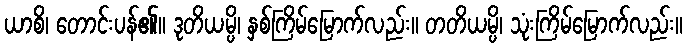
ယာစိ၊ တောင်းပန်၏။ ဒုတိယမ္ပိ၊ နှစ်ကြိမ်မြောက်လည်း။ တတိယမ္ပိ၊ သုံးကြိမ်မြောက်လည်း။